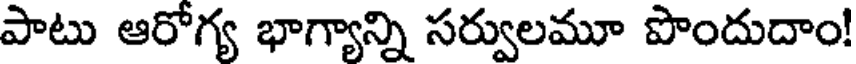
పాటు ఆరోగ్య భాగ్యాన్ని సర్వులమూ పొందుదాం!